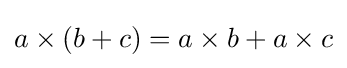
a\times (b+c)=a\times b+a\times c